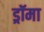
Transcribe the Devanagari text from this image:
ड्रॉमा